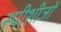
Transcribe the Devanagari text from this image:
स्पीशीजों